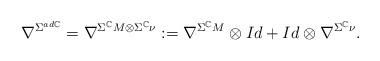
LaTeX: \begin{align*}\nabla ^{\Sigma ^{ad\mathbb{C}}} = \nabla ^{\Sigma ^{\mathbb{C}}M\otimes \Sigma^{\mathbb{C}} \nu}:=\nabla^{\Sigma ^{\mathbb{C}}M}\otimes Id+Id\otimes \nabla ^{\Sigma ^{\mathbb{C}}\nu}.\end{align*}